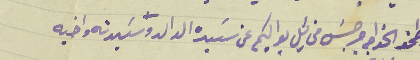
وطمن الخواجه جرجسَ مخايل يواكيم عن سَيده الوالد وسَيدته واخيه